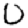
Digit: 0